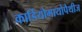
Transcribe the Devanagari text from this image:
कार्डियोमायोपैथीज